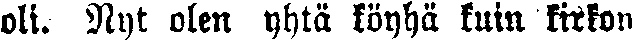
oli. Nyt olen yhtä köyhä kuin kirkon